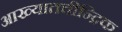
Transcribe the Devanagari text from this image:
आख्यातचीन्द्रिक